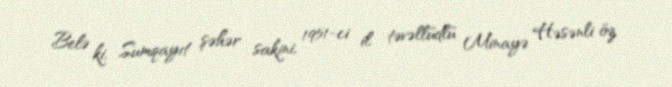
Belə ki, Sumqayıt şəhər sakini, 1951-ci il təvəllüdlü Minayə Həsənli öz